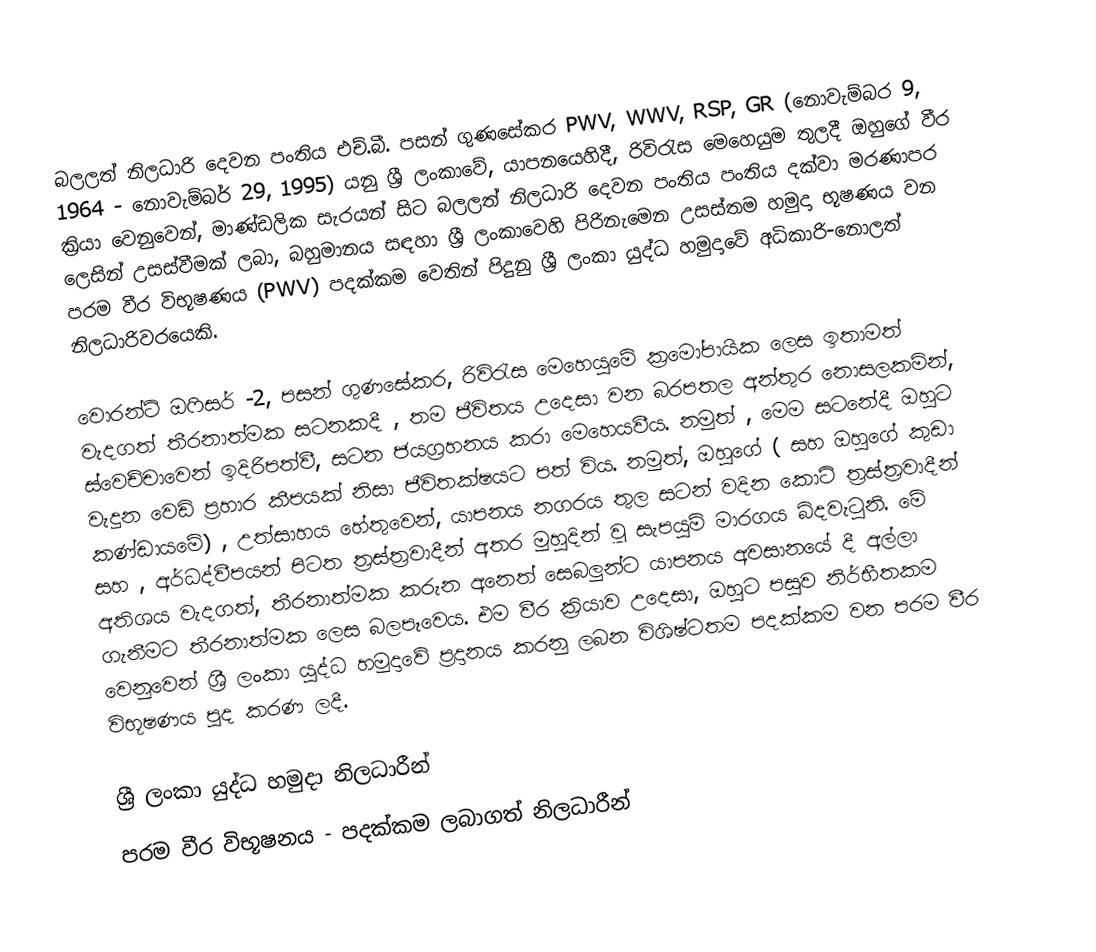
බලලත් නිලධාරි දෙවන පංතිය එච්.බී. පසන් ගුණසේකර  PWV, WWV, RSP, GR  (නොවැම්බර 9, 1964 - නොවැම්බර් 29, 1995) යනු   ශ්‍රී ලංකාවේ,  යාපනයෙහිදී, රිවිරැස මෙහෙයුම තුලදී ඔහුගේ වීර ක්‍රියා වෙනුවෙන්,  මාණ්ඩලික සැරයන් සිට බලලත් නිලධාරි දෙවන පංතිය පංතිය දක්වා මරණාපර ලෙසින් උසස්වීමක් ලබා, බහුමානය සඳහ‍ා ශ්‍රී ලංකාවෙහි පිරිනැමෙන උසස්තම හමුදා භූෂණය වන පරම වීර විභූෂණය (PWV) පදක්කම වෙතින් පිදුනු ශ්‍රී ලංකා යුද්ධ හමුදාවේ  අධිකාරි-නොලත් නිලධාරිවරයෙකි.

වොරන්ට් ඔෆිසර් -2, පසන් ගුණසේකර, රිවිරැස මෙහෙයුමේ ක්‍රමෝපායික ලෙස ඉතාමත් වැදගත් තීරනාත්මක සටනකදී , තම ජීවිතය උදෙසා වන බරපතල අන්තුර නොසලකමින්, ස්වෙච්චාවෙන් ඉදිරිපත්වී, සටන ජයග්‍රහනය කරා මෙහෙයවීය. නමුත් , මෙම සටනේදී ඔහුට වැදුන වෙඩි ප්‍රහාර කීපයක් නිසා ජීවිතක්ෂයට පත් විය. නමුත්, ඔහුගේ ( සහ ඔහුගේ කුඩා කණ්ඩායමේ) , උත්සාහය හේතුවෙන්, යාපනය නගරය තුල සටන් වදින කොටි ත්‍රස්ත්‍රවාදීන් සහ , අර්ධද්වීපයන් පිටත ත්‍රස්ත්‍රවාදීන් අතර මුහුදින් වූ සැපයුම් මාරගය බිදවැටුනි. මේ අතිශය වැදගත්, තීරනාත්මක කරුන අනෙත් සෙබලුන්ට යාපනය අවසානයේ දී අල්ලා ගැනීමට තීරනාත්මක ලෙස බලපෑවෙය. එම වීර ක්‍රියාව උදෙසා, ඔහුට පසුව නිර්භීතකම වෙනුවෙන් ශ්‍රී ලංකා යුද්ධ හමුදාවේ ප්‍රදානය කරනු ලබන විශිෂ්ටතම පදක්කම වන පරම වීර විභූෂණය පුද කරණ ලදී.

ශ්‍රී ලංකා යුද්ධ හමුදා නිලධාරීන්
පරම වීර විභූෂනය - පදක්කම ලබාගත් නිලධාරීන්